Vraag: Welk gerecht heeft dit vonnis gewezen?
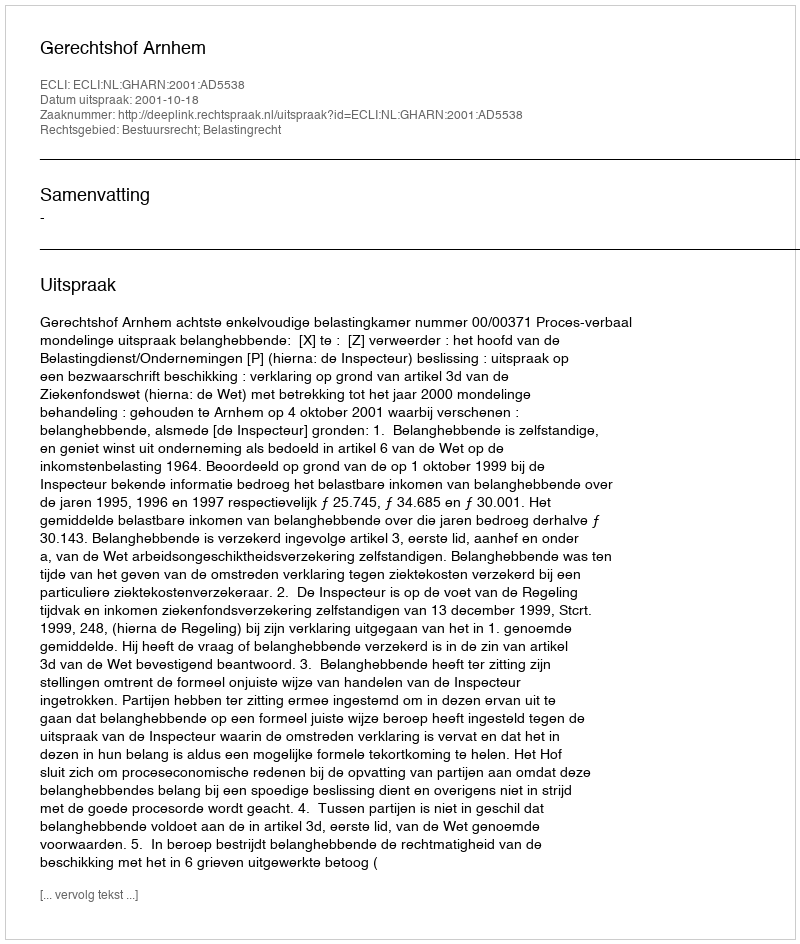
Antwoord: Gerechtshof Arnhem